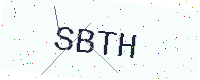
Text: SBTH